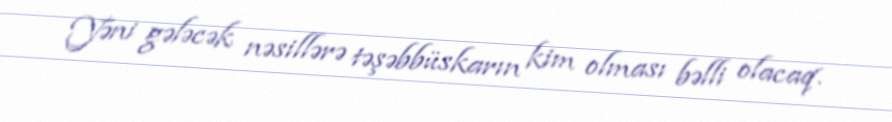
Yəni gələcək nəsillərə təşəbbüskarın kim olması bəlli olacaq.